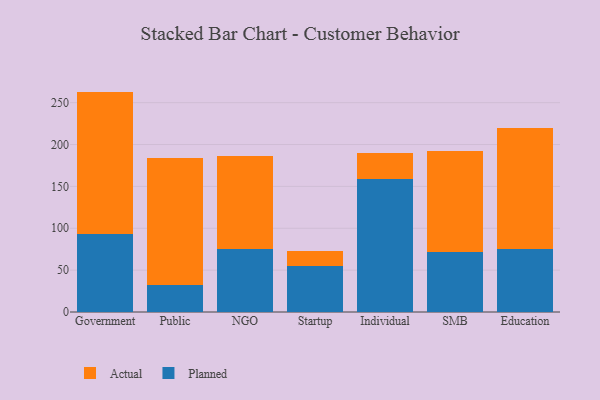
{"axis": {"x": "Segment", "y": "Website Visitors"}, "legend": ["Actual", "Planned"], "data": [{"x": "Government", "y": 93.2, "type": "Planned"}, {"x": "Government", "y": 170.0, "type": "Actual"}, {"x": "Public", "y": 31.7, "type": "Planned"}, {"x": "Public", "y": 152.5, "type": "Actual"}, {"x": "NGO", "y": 75.8, "type": "Planned"}, {"x": "NGO", "y": 110.7, "type": "Actual"}, {"x": "Startup", "y": 55.3, "type": "Planned"}, {"x": "Startup", "y": 17.0, "type": "Actual"}, {"x": "Individual", "y": 158.5, "type": "Planned"}, {"x": "Individual", "y": 31.5, "type": "Actual"}, {"x": "SMB", "y": 71.6, "type": "Planned"}, {"x": "SMB", "y": 121.0, "type": "Actual"}, {"x": "Education", "y": 75.0, "type": "Planned"}, {"x": "Education", "y": 144.3, "type": "Actual"}]}